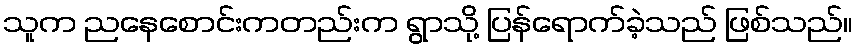
သူက ညနေစောင်းကတည်းက ရွာသို့ ပြန်ရောက်ခဲ့သည် ဖြစ်သည်။